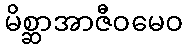
မိစ္ဆာအာဇီဝမေဝ